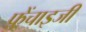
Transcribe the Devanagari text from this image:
फ़्रेंचाइजी